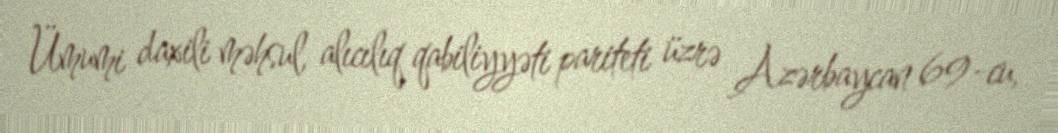
Ümumi daxili məhsul, alıcılıq qabiliyyəti pariteti üzrə Azərbaycan 69-cu,